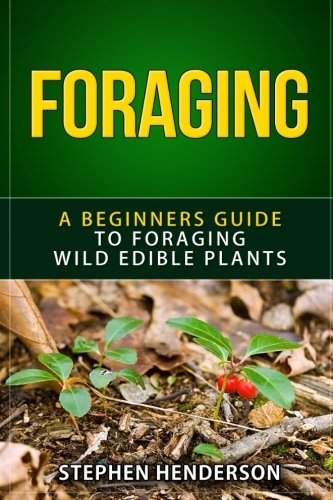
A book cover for Foraging: A Beginners Guide To Foraging Wild Edible Plants (foraging, wild edible plants, foraging wild edible plants, foraging for beginners, foraging wild edible plants free,); Stephen Henderson; Crafts, Hobbies & Home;